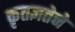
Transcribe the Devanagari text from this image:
कृतज्ञतेने